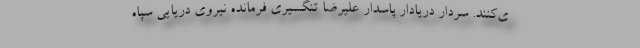
ی‌کنند. سردار دریادار پاسدار علیرضا تنگسیری فرمانده نیروی دریایی سپاه